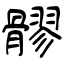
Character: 髎